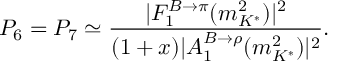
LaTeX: P _ { 6 } = P _ { 7 } \simeq \frac { | F _ { 1 } ^ { B \to \pi } ( m _ { K ^ { * } } ^ { 2 } ) | ^ { 2 } } { ( 1 + x ) | A _ { 1 } ^ { B \to \rho } ( m _ { K ^ { * } } ^ { 2 } ) | ^ { 2 } } .